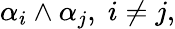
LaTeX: \alpha_{i}\wedge\alpha_{j},\; i\neq j,